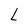
Character: L